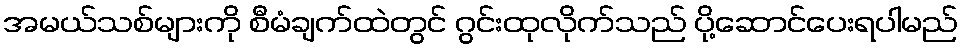
အမယ်သစ်များကို စီမံချက်ထဲတွင် ဂွင်းထုလိုက်သည် ပို့ဆောင်ပေးရပါမည်